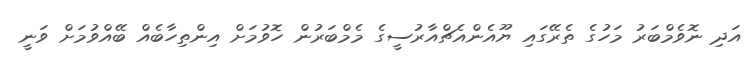
އަދި ނޮވެމްބަރު މަހުގެ ތެރޭގައި ޔޫއެންއެޗްއާރުސީގެ މެމްބަރުން ހޮވުމަށް އިންތިހާބެއް ބޭއްވުމަށް ވަނީ